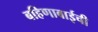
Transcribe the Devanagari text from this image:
बहिणाबाईची